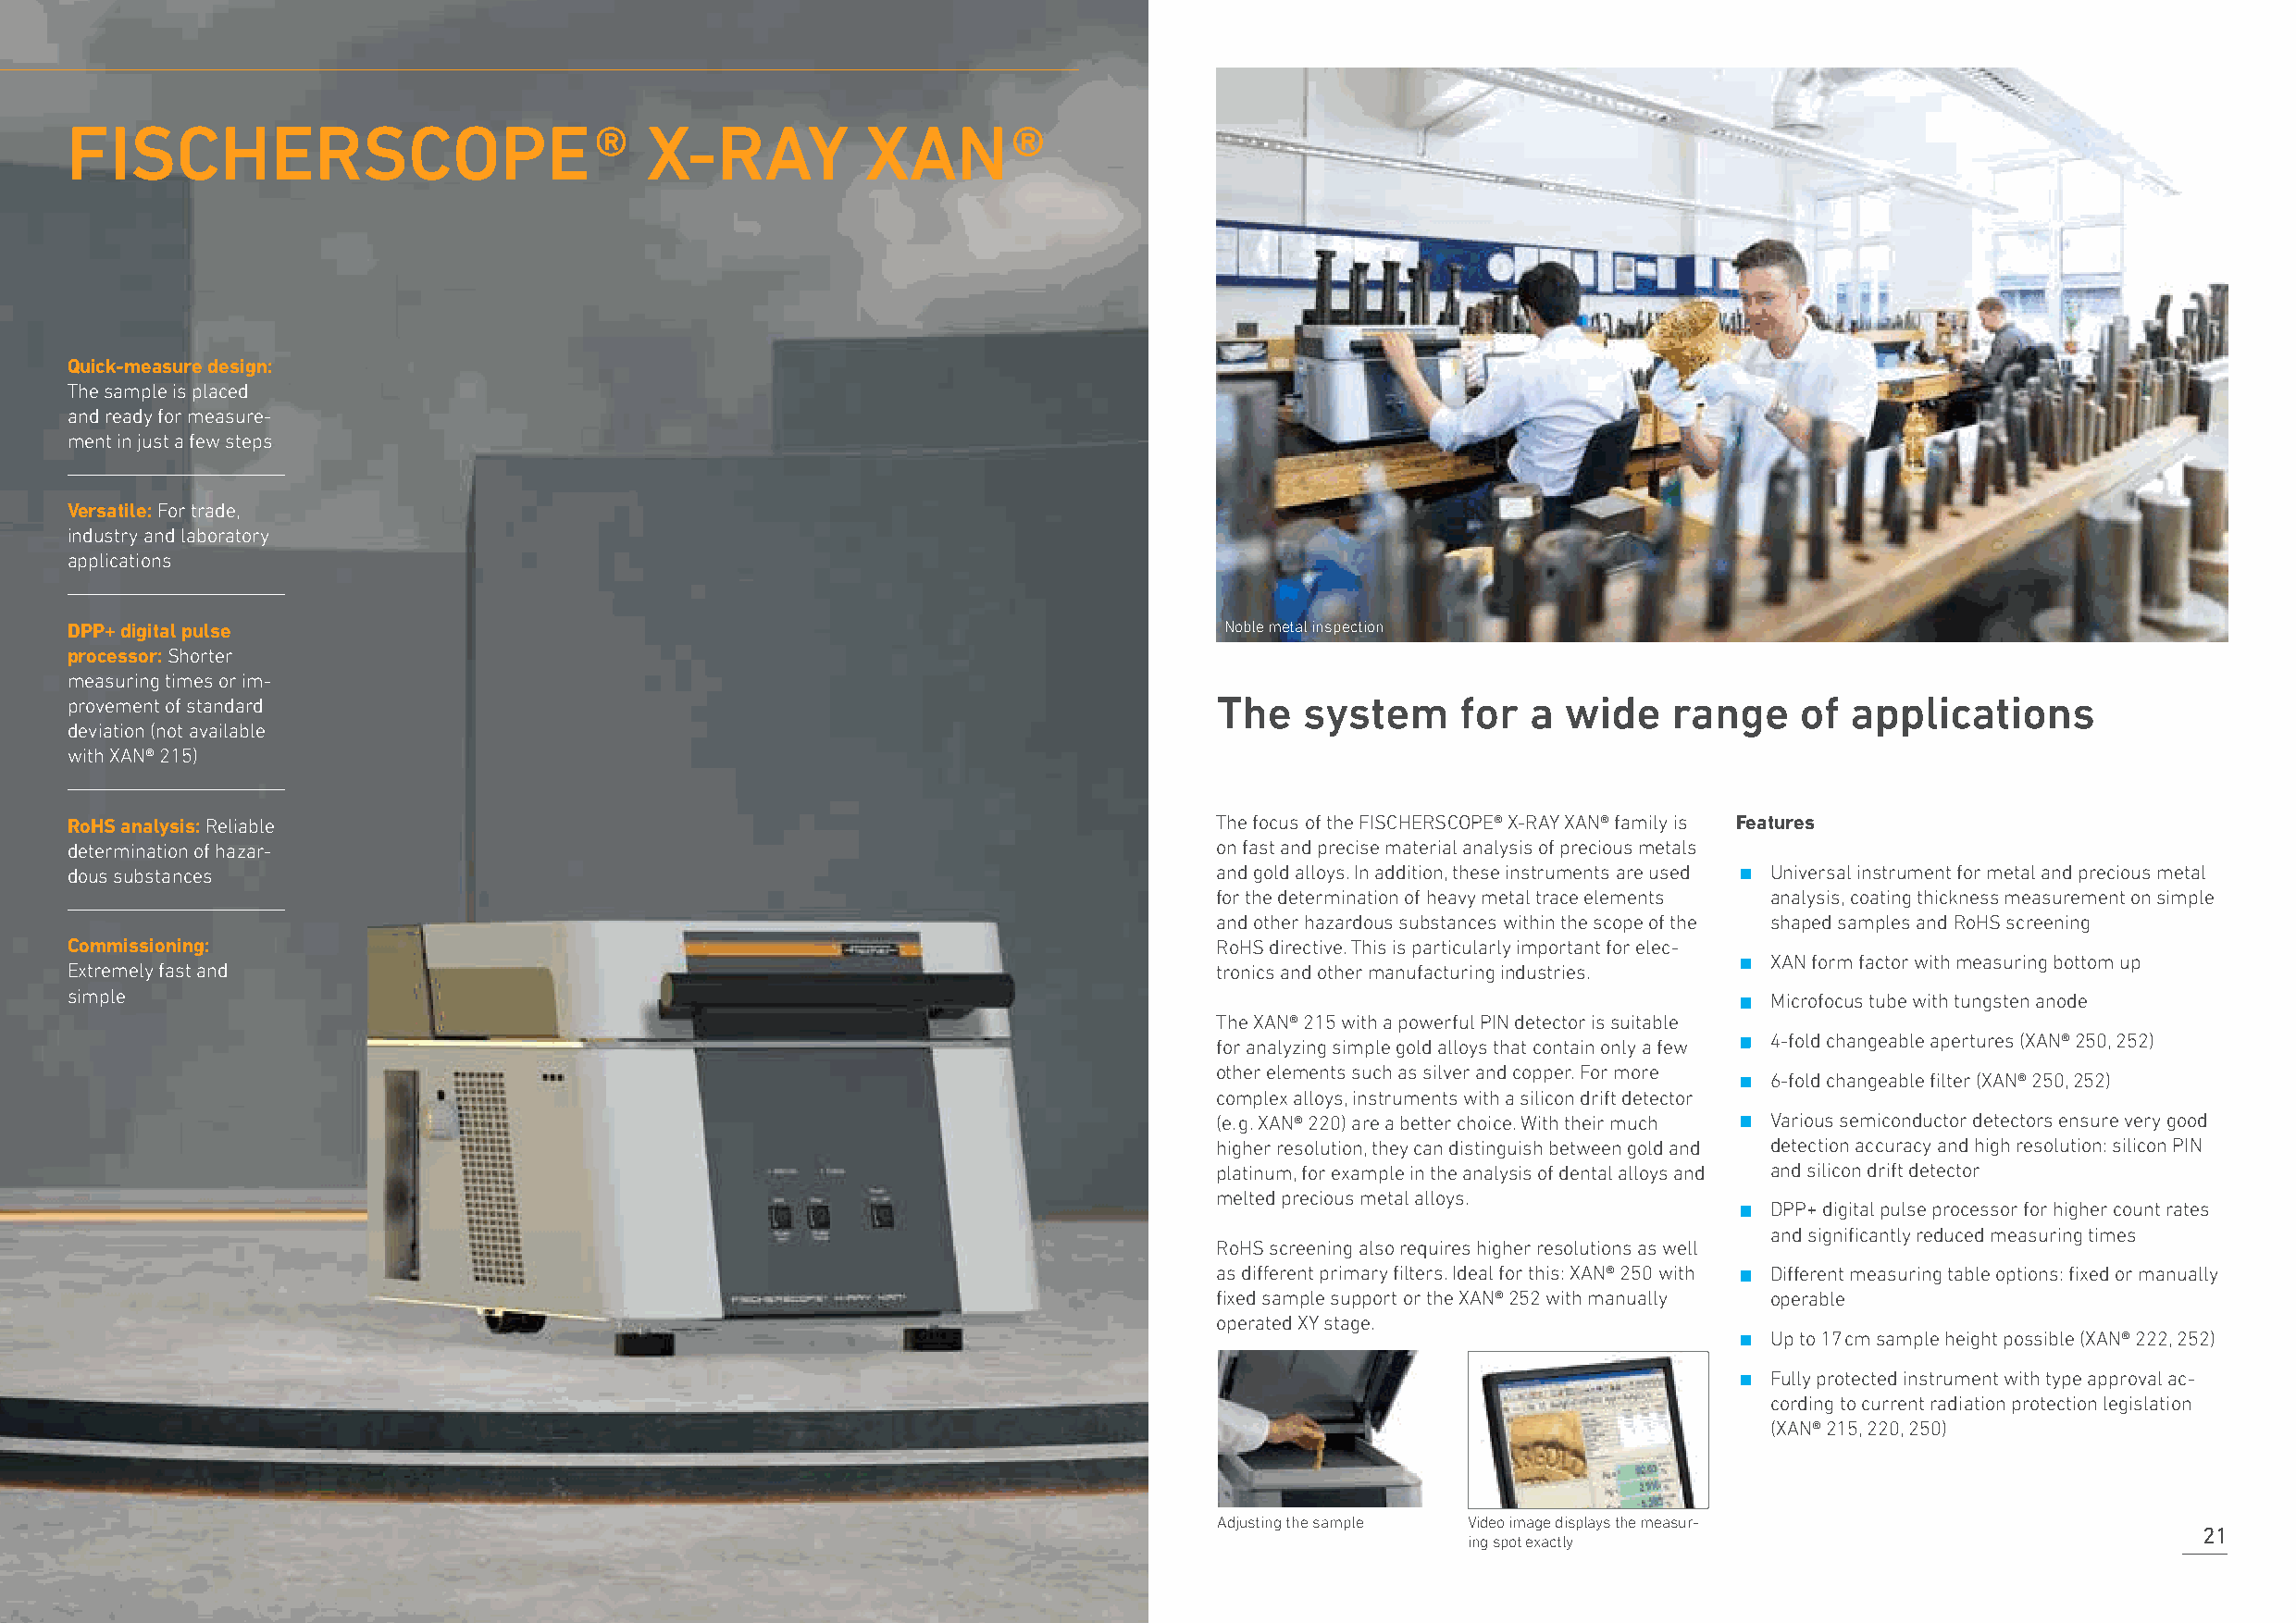
FISCHERSCOPE                         ®   X-RAY           XAN       ®
 Quick-measure design:
 The sample is placed
 and ready for measure-
 ment in just a few steps
 Versatile: For trade,
 industry and laboratory
 applications
 DPP+ digital pulse                                                                 Noble metal inspection
 processor: Shorter
 measuring times or im-
 provement of standard                                                             The   system     for  a  wide    range    of applications
 deviation (not available
 with XAN® 215)
 RoHS analysis: Reliable                                                           The focus of the FISCHERSCOPE® X-RAY XAN® family is Features
 determination of hazar-                                                           on fast and precise material analysis of precious metals ∙
 dous substances                                                                   and gold alloys. In addition, these instruments are used Universal instrument for metal and precious metal
 for the determination of heavy metal trace elements analysis, coating thickness measurement on simple
 and other hazardous substances within the scope of the shaped samples and RoHS screening
 ∙
 Commissioning:                                                                    RoHS directive. This is particularly important for elec-
 XAN form factor with measuring bottom up
 Extremely fast and                                                                tronics and other manufacturing industries. ∙
 simple                                                                                                                    Microfocus tube with tungsten anode
 ∙
 The XAN® 215 with a powerful PIN detector is suitable
 4-fold changeable apertures (XAN® 250, 252)
 for analyzing simple gold alloys that contain only a few ∙
 other elements such as silver and copper. For more
 6-fold changeable filter (XAN® 250, 252)
 complex alloys, instruments with a silicon drift detector ∙
 (e. g. XAN® 220) are a better choice. With their much Various semiconductor detectors ensure very good
 higher resolution, they can distinguish between gold and detection accuracy and high resolution: silicon PIN
 platinum, for example in the analysis of dental alloys and and silicon drift detector
 ∙
 melted precious metal alloys.
 DPP+ digital pulse processor for higher count rates
 and significantly reduced measuring times
 RoHS screening also requires higher resolutions as well ∙
 as different primary filters. Ideal for this: XAN® 250 with Different measuring table options: fixed or manually
 fixed sample support or the XAN® 252 with manually operable
 ∙
 operated XY stage.
 Up to 17 cm sample height possible (XAN® 222, 252)
 ∙
 Fully protected instrument with type approval ac-
 cording to current radiation protection legislation
 (XAN® 215, 220, 250)
 Adjusting the sample Video image displays the measur-
 21
 ing spot exactly